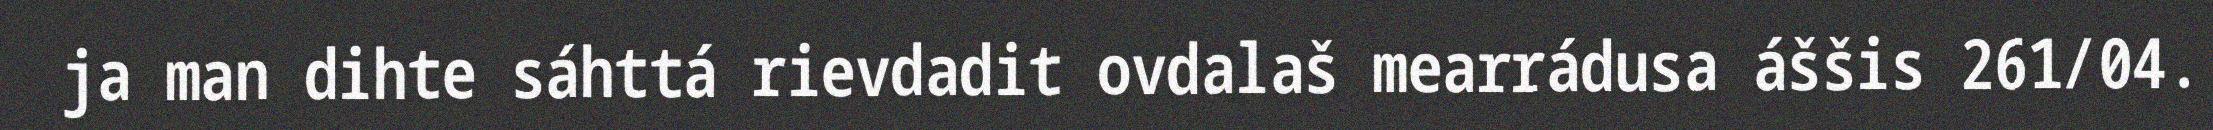
ja man dihte sáhttá rievdadit ovdalaš mearrádusa áššis 261/04.